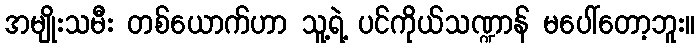
အမျိုးသမီး တစ်ယောက်ဟာ သူ့ရဲ့ ပင်ကိုယ်သဏ္ဍာန် မပေါ်တော့ဘူး။